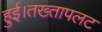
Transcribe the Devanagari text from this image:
हुई।तख्तापलट